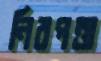
নিরপত্তা